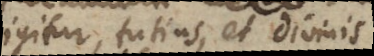
igitur, tutius, et divinis